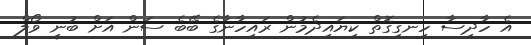
އެ ހާދިސާ ހިނގިގޮތް ކިޔައިދެމުން ރައިހާނާގެ ބޭބެ ސަން އަށް ބުނީ ވޯލް